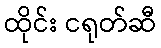
ထိုင်း ငရုတ်ဆီ